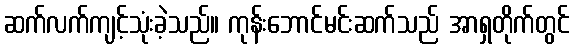
ဆက်လက်ကျင့်သုံးခဲ့သည်။ ကုန်းဘောင်မင်းဆက်သည် အာရှတိုက်တွင်